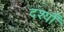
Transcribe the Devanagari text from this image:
दर्श्यों